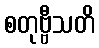
စတုဗ္ဗီသတိ